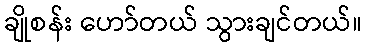
ချိုစန်း ဟော်တယ် သွားချင်တယ်။